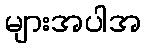
များအပါအ